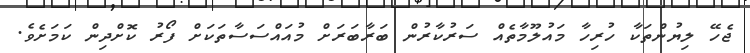
ޖެހޭ ލިޔުންތަކާ ހުރިހާ މައުލޫމާތެއް ސަރުކާރުން ބަރާބަަރަށް މުއައްސަސާތަކަށް ފޯރު ކޮށްދިން ކަމަށެވެ.